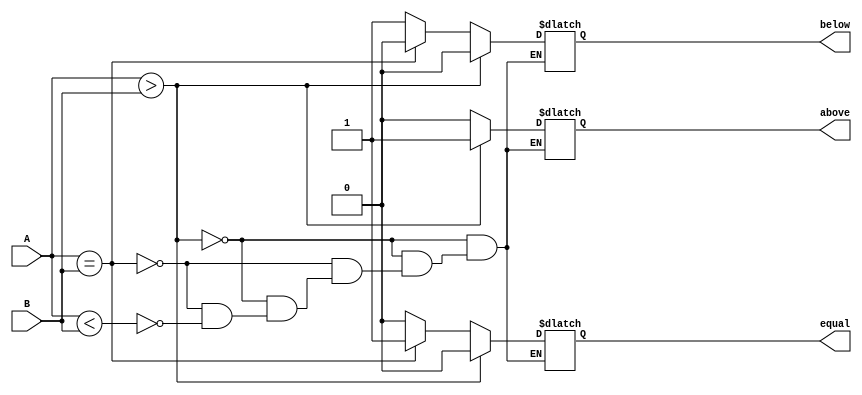
module Comperator(
    input [17:0] A,
    input [17:0] B,
    output reg above,
    output reg equal,
    output reg below
);
    always @(*)
    begin
        if (A > B) 
	begin
            above = 1;
            equal = 0;
            below = 0;
        end
        else if (A == B) 
	begin
            above = 0;
            equal = 1;
            below = 0;
        end
        else if (A < B) 
	begin
            above = 0;
            equal = 0;
            below = 1;
        end
    end
endmodule